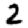
Digit: 2